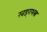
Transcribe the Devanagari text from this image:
खड्गशस्त्र